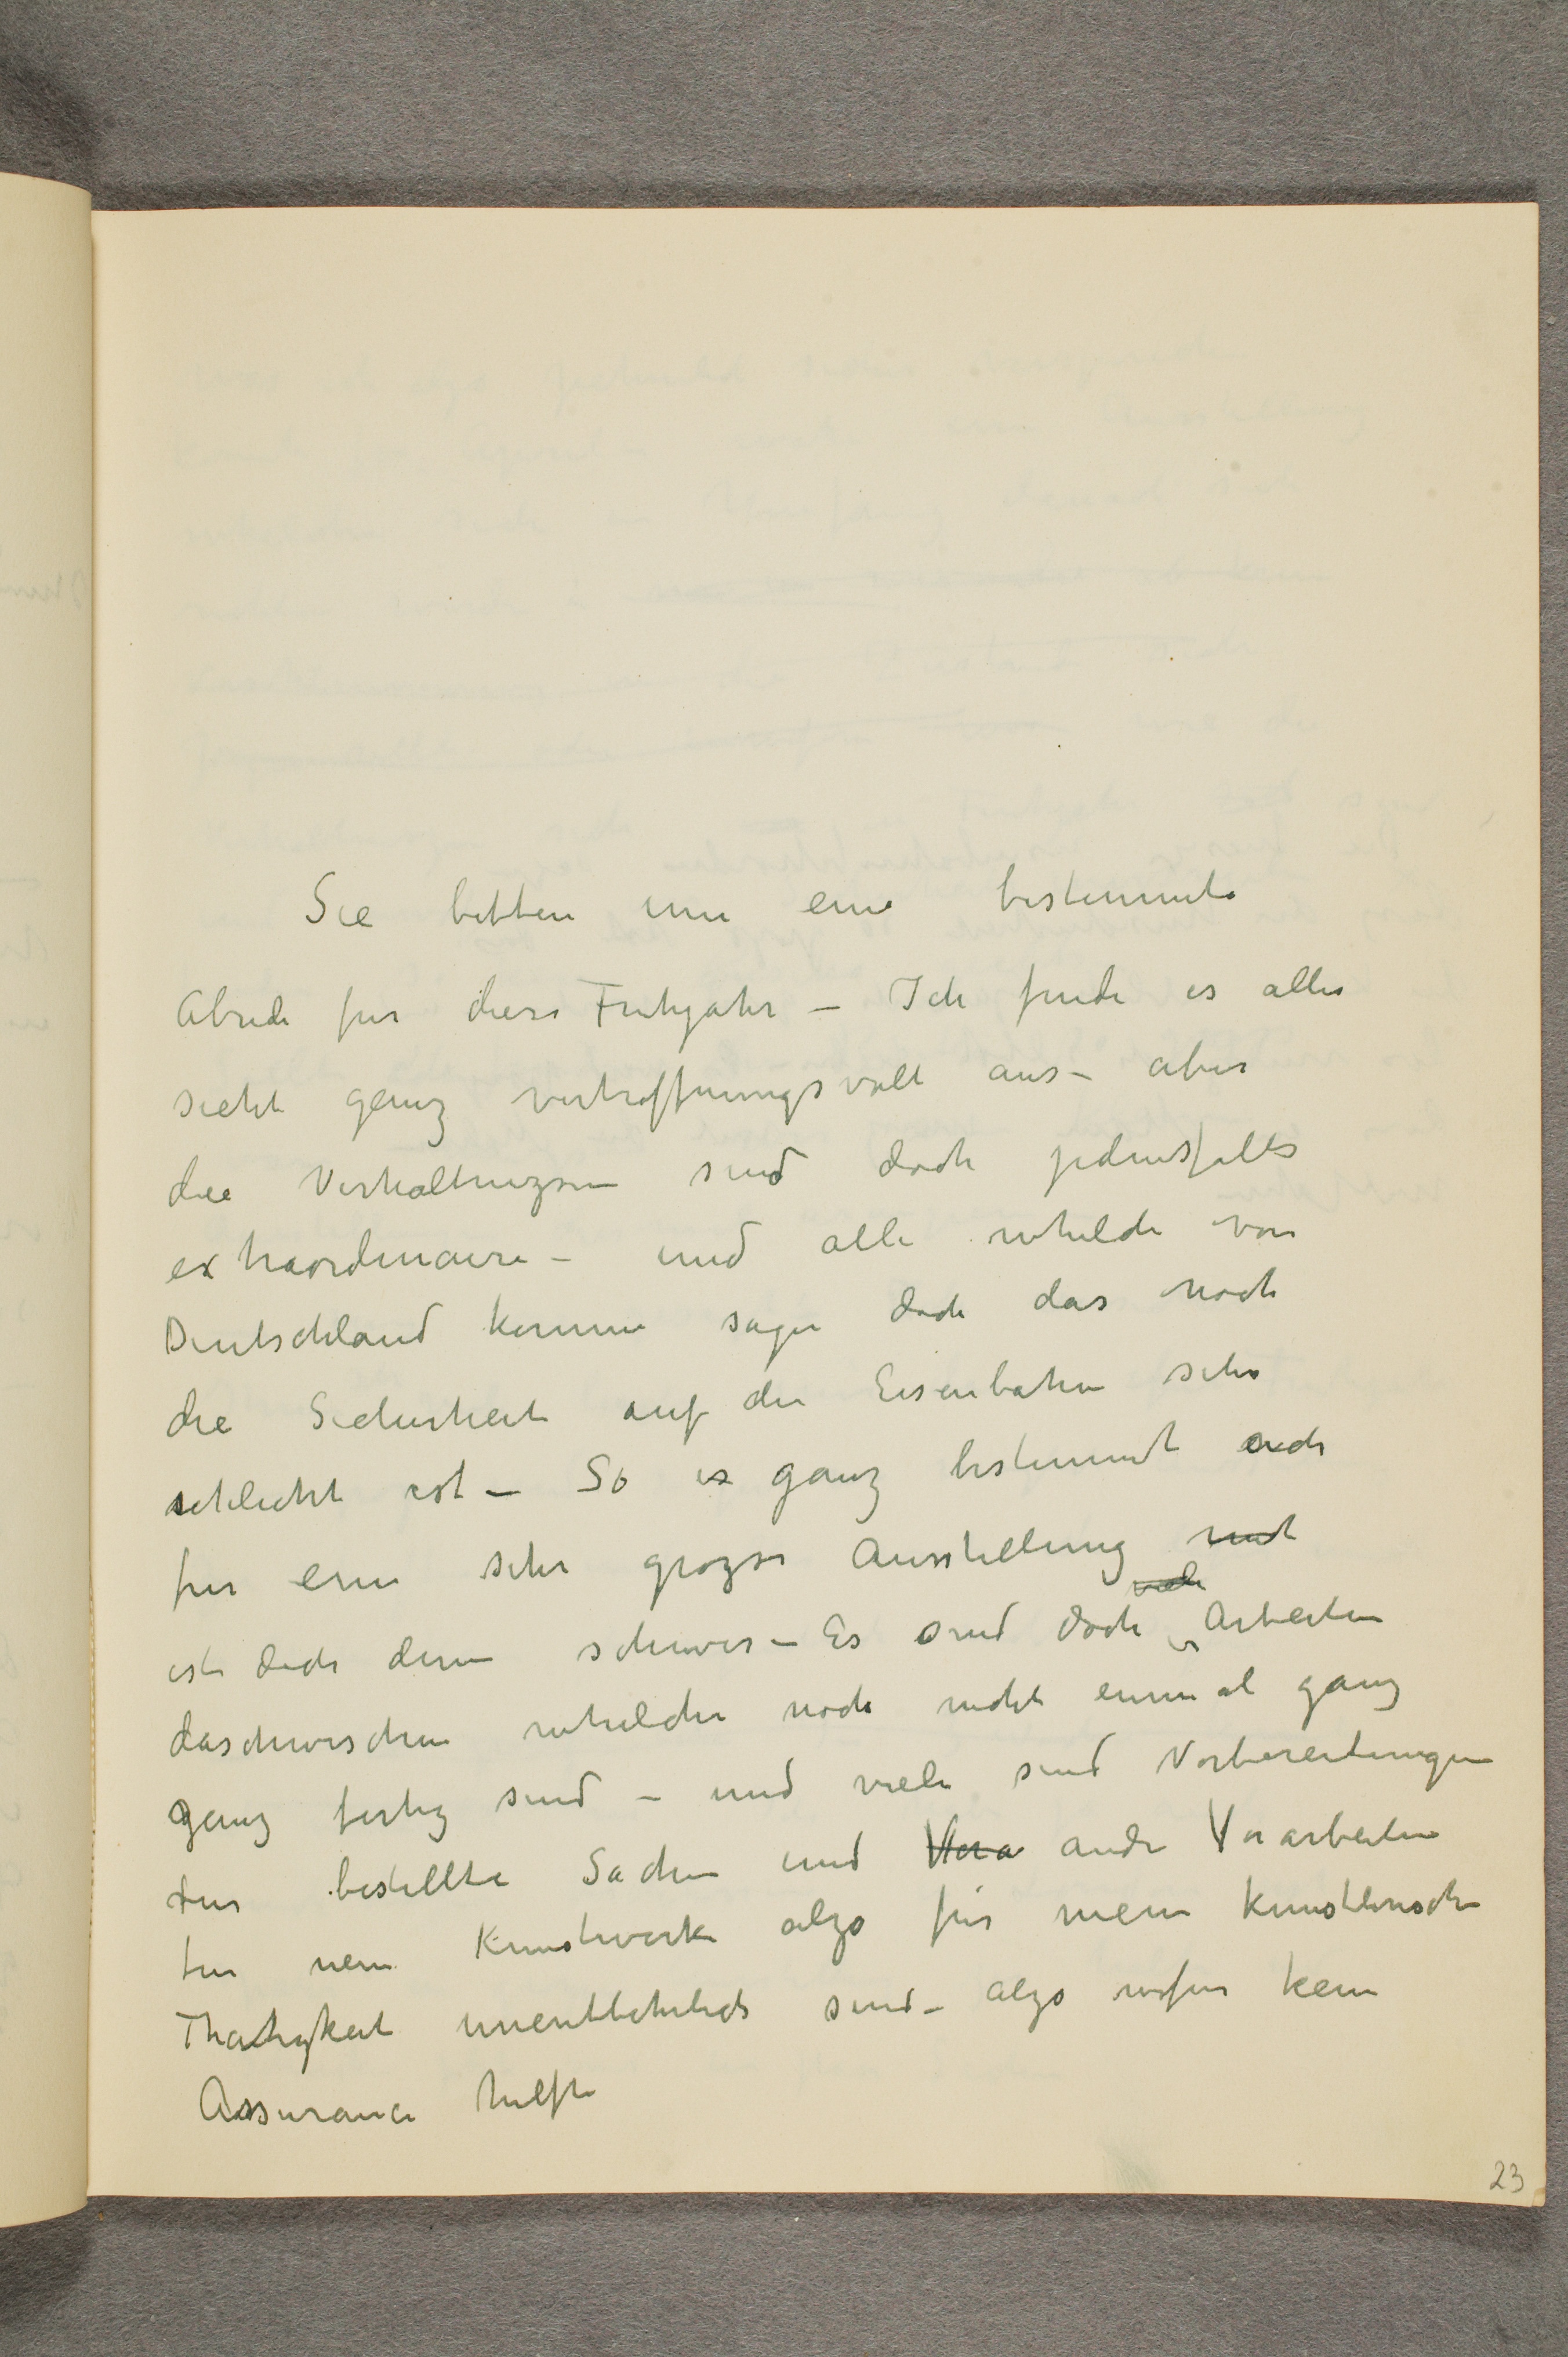
Sie bitten um eine bestimmte
Abend fur diese Fruhjahr - Ich finde es alles
sieht ganz verhoffnungsvoll aus - aber
die Verhaltnizse sind doch jedensfalls
extraordinaire - und alle whelche von
Deutschland kommen sagen doch das noch
die Sicherheit auf der Eisenbahn sehr
schlecht ist - So is ganz bestimmt auch
fur eine sehr grozse Ausstellung mit
ist doch dann schwer - Es sind doch viele Arbeiten
daschwischen whelche noch nicht einmal ganz
ganz fertig sind - und viele sind Vorbereitungen
fur bestellte Sachen und Vora andre Vorarbeiten
fur neue Kunstwerke alzo fur meine Kunstlerische
Thatigkeit unentbehrlich sind - alzo wofur kein
Assurance helfte